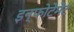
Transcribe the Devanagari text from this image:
इन्फोटेमेंट